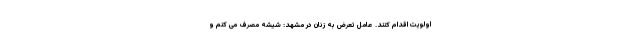
اولویت اقدام کنند. عامل تعرض‌ به زنان در مشهد: شیشه مصرف می کنم و